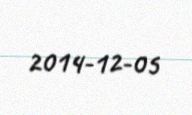
2014-12-05